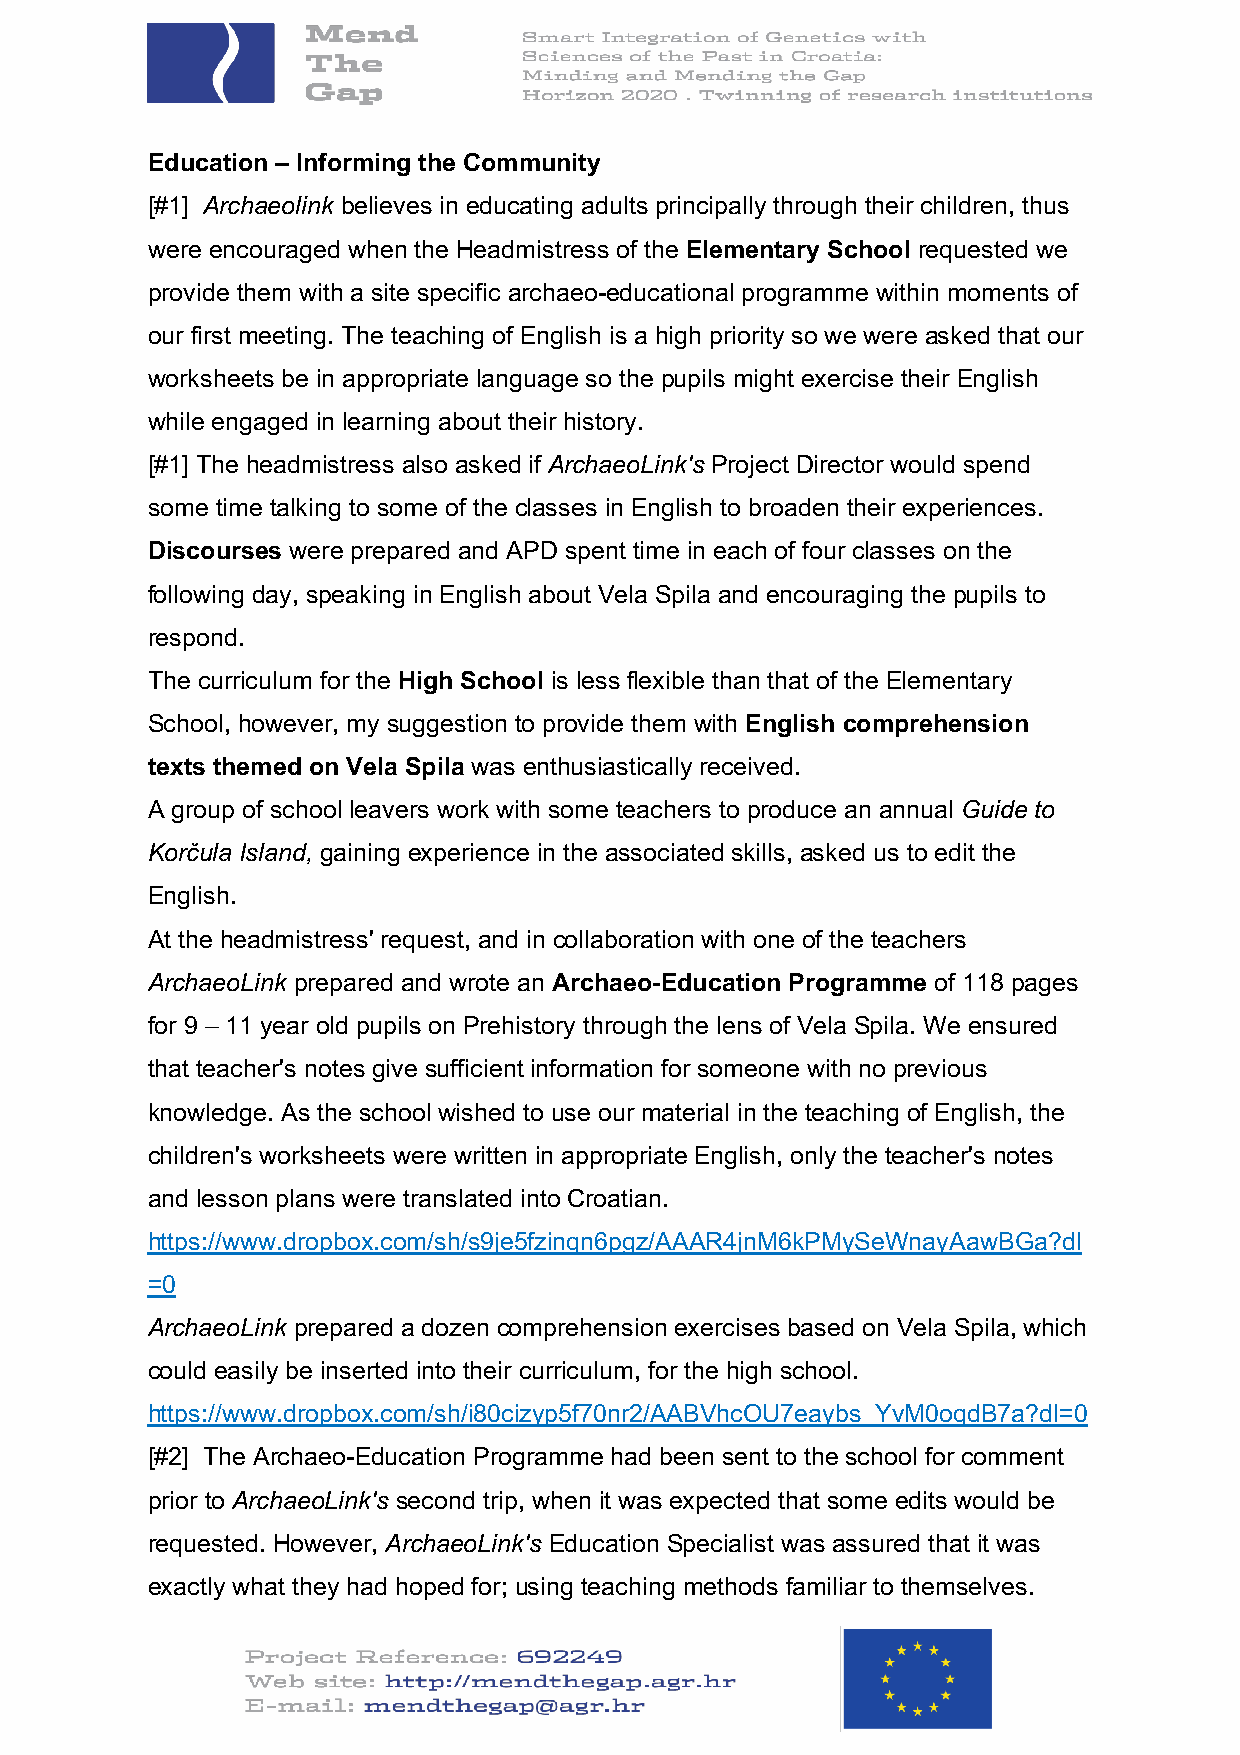
Education – Informing the Community
 [#1] Archaeolink believes in educating adults principally through their children, thus
 were encouraged when the Headmistress of the Elementary School requested we
 provide them with a site specific archaeo-educational programme within moments of
 our first meeting. The teaching of English is a high priority so we were asked that our
 worksheets be in appropriate language so the pupils might exercise their English
 while engaged in learning about their history.
 [#1] The headmistress also asked if ArchaeoLink's Project Director would spend
 some time talking to some of the classes in English to broaden their experiences.
 Discourses were prepared and APD spent time in each of four classes on the
 following day, speaking in English about Vela Spila and encouraging the pupils to
 respond.
 The curriculum for the High School is less flexible than that of the Elementary
 School, however, my suggestion to provide them with English comprehension
 texts themed on Vela Spila was enthusiastically received.
 A group of school leavers work with some teachers to produce an annual Guide to
 Korčula Island, gaining experience in the associated skills, asked us to edit the
 English.
 At the headmistress' request, and in collaboration with one of the teachers
 ArchaeoLink prepared and wrote an Archaeo-Education Programme of 118 pages
 for 9 – 11 year old pupils on Prehistory through the lens of Vela Spila. We ensured
 that teacher's notes give sufficient information for someone with no previous
 knowledge. As the school wished to use our material in the teaching of English, the
 children's worksheets were written in appropriate English, only the teacher's notes
 and lesson plans were translated into Croatian.
 https://www.dropbox.com/sh/s9je5fzinqn6pgz/AAAR4jnM6kPMySeWnayAawBGa?dl
 =0
 ArchaeoLink prepared a dozen comprehension exercises based on Vela Spila, which
 could easily be inserted into their curriculum, for the high school.
 https://www.dropbox.com/sh/i80cizyp5f70nr2/AABVhcOU7eaybs_YvM0oqdB7a?dl=0
 [#2] The Archaeo-Education Programme had been sent to the school for comment
 prior to ArchaeoLink's second trip, when it was expected that some edits would be
 requested. However, ArchaeoLink's Education Specialist was assured that it was
 exactly what they had hoped for; using teaching methods familiar to themselves.